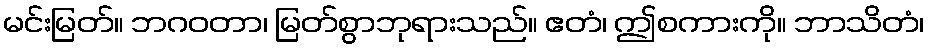
မင်းမြတ်။ ဘဂဝတာ၊ မြတ်စွာဘုရားသည်။ ဧတံ၊ ဤစကားကို။ ဘာသိတံ၊